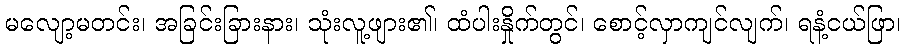
မလျော့မတင်း၊ အခြင်းခြားနား၊ သုံးလူ့ဖျား၏၊ ထံပါးနှိုက်တွင်၊ စောင့်လှာကျင်လျက်၊ ရနံ့ငယ်ဖြာ၊